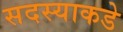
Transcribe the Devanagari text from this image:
सदस्याकडे